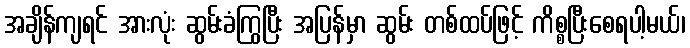
အချိန်ကျရင် အားလုံး ဆွမ်းခံကြွပြီး အပြန်မှာ ဆွမ်း တစ်ထပ်ဖြင့် ကိစ္စပြီးစေရပါ့မယ်၊